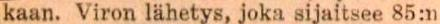
kaan. Viron lähetys, joka sijaitsee 85:n